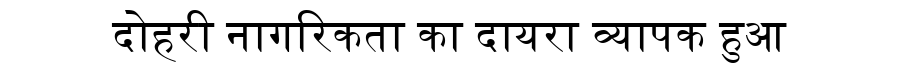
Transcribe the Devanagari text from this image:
दोहरी नागरिकता का दायरा व्यापक हुआ